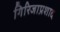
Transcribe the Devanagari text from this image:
गिरिजाप्रशाद